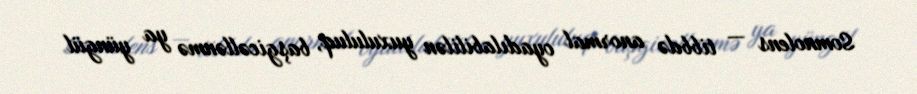
Somnolens — tibbdə anormal oyadılabililən yuxululuq, başgicəllənmə ya yüngül